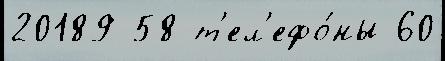
20189 58 т'ел'ефо́ны 60